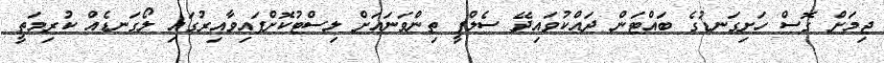
ޖިމަށް ގޮސް ހަށިގަނޑުގެ ބައްޓަން ދައްކުވައިދޭ ސެލްފީ ތިންވަނައަށް ލިސްޓުކޮށްފައިވާއިރުގައި ލޯގަނޑެއް ކުރިމަތީ